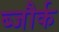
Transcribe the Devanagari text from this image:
ब्जौर्क